Bombay plague: being a history of the progress of plague in the Bombay presidency from September 1896 to June 1899
Year: 1896
Disease focus: Plague
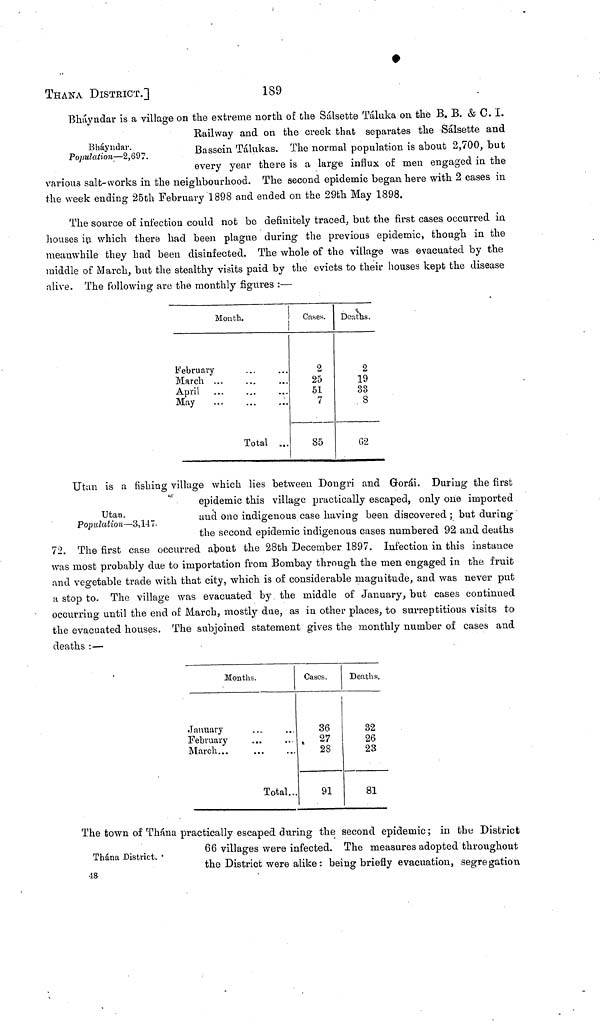
ΤΗΑΝΑ DISTRICT.]
189
Bháyndar.
Population—2,697.
Bháyndar is a village on the extreme north of the Sálsebte Táluka 011 the B. B. & C. I.
Railway and on the creek that separates the Sálsette and
Bassein Tálukas. The normal population is about 2,700, but
every year there is a large influx of men engaged in the
various salt-works in the neighbourhood. The second epidemic began here with 2 cases in
the week ending 25th February 1898 and ended on the 29th May 1898.
The source of infection could not be definitely traced, but the first cases occurred in
houses in which there had been plague during the previous epidemic, though in the
meanwhile they had been disinfected. The whole of the village was evacuated by the
middle of March, but the stealthy visits paid by the evicts to their houses kept the disease
alive. The following are the monthly figures :—
Month.
February ...
March ...
April ...
May ...
...
...
...
...
Total ...
Cases.
2
25
51
7
85
Deaths.
2
19
33
8
62
Utan.
Population—3,147-
Utan is a fishing village which lies between Dongri and Gorái. During the first
epidemic this village practically escaped, only one imported
and one indigenous case having been discovered ; but during
the second epidemic indigenous cases numbered 92 and deaths
72. The first case occurred about the 28th December 1897. Infection in this instance
was most probably due to importation from Bombay through the men engaged in the fruit
and vegetable trade with that city, which is of considerable magnitude, and was never put
a stop to. The village was evacuated by the middle of January, but cases continued
occurring until the end of March, mostly due, as in other places, to surreptitious visits to
the evacuated houses. The subjoined statement gives the monthly number of cases and
deaths :—
Months.
January ...
February ...
March ...
...
...
Total...
Cases.
36
27 28
91
Deaths.
32
26
23
81
Thána District.
The town of Thána practically escaped during the second epidemic ; in the District
66 villages were infected. The measures adopted throughout
the District were alike : being briefly evacuation, segregation
48